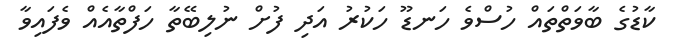
ކާޑުގެ ބާވަތްތައް ހުސްވެ ހަނޑޫ ހަކުރު އަދި ފުށް ނުލިބޭތާ ހަފްތާއެއް ވެފައިވާ